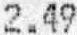
2.49